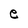
Character: e